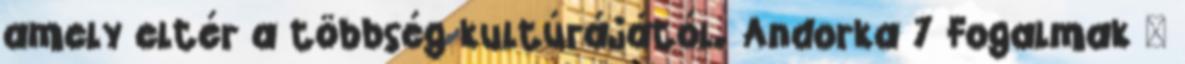
amely eltér a többség kultúrájától. Andorka 7 Fogalmak –